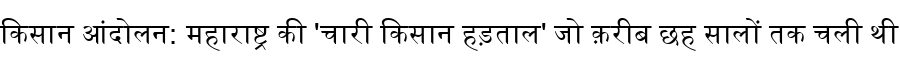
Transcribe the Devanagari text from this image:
किसान आंदोलन: महाराष्ट्र की 'चारी किसान हड़ताल' जो क़रीब छह सालों तक चली थी